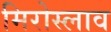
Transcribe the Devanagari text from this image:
मिरोस्लाव